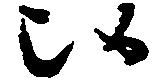
候